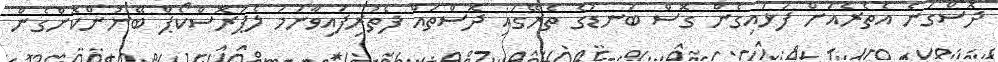
ދޮސްގަނެ އެތެރެއަށް ފަޅައިގެން ގޮސް ބަނޑުގެ ތެރޭގައި ދޮސްތައް ފެތުރިފައިވާނަމަ ލެޕަރޮސްކޯޕް ބޭނުންކޮށްގެން